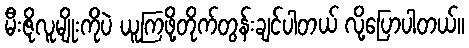
မီးဇိုလူမျိုးကိုပဲ ယူကြဖို့တိုက်တွန်းချင်ပါတယ် လို့ပြောပါတယ်။